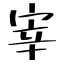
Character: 宰